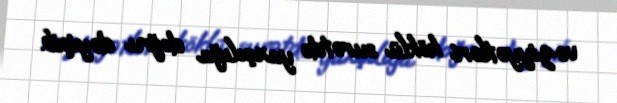
vəziyyətləri köklü surətdə yaxşılığa doğru dəyişib.